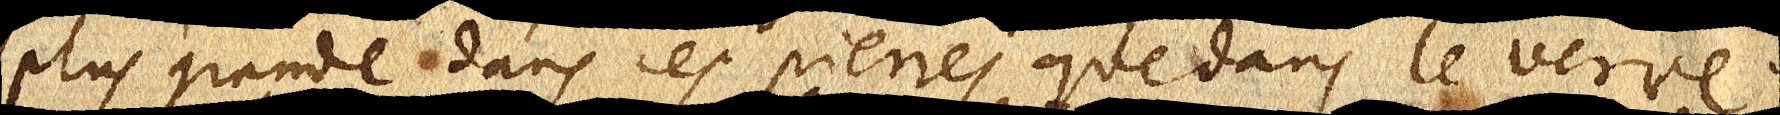
plus grande dans ces pierres que dans le verre.